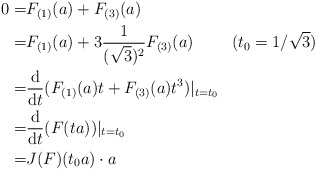
\begin{align*} 0=& F_{(1)}(a)+F_{(3)}(a)\\ =& F_{(1)}(a)+3\frac{1}{(\sqrt{3})^{2}}F_{(3)}(a)~~~~~~~(t_{0}=1/\sqrt{3})\\ =& \frac{\mathrm{d}}{\mathrm{d}t}(F_{(1)}(a)t+ F_{(3)}(a)t^{3})|_{t=t_{0}}\\ =& \frac{\mathrm{d}}{\mathrm{d}t}(F(ta))|_{t=t_{0}}\\ =& J(F)(t_{0}a)\cdot a \end{align*}